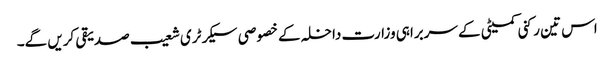
اس تین رکنی کمیٹی کے سربراہی وزارت داخلہ کے خصوصی سیکرٹری شعیب صدیقی کریں گے۔